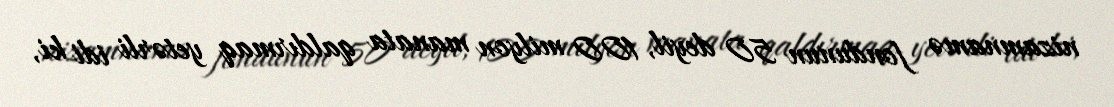
nizamnamə fondunun 50 deyil, 100 milyon manata qaldırmaq yetərli idi ki,